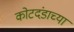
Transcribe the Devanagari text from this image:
कोटदंडाच्या